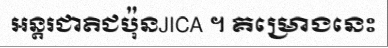
អន្តរជាតិជប៉ុនJICA ។ គម្រោងនេះ